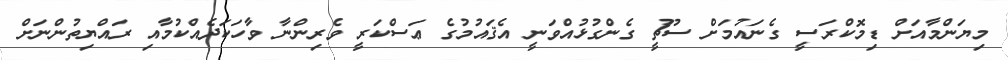
މިޔަންމާއަށް ޑިމޮކްރަސީ ގެނައުމަށް ސޫޗީ ގެންގުޅުއްވަނީ އެޤައުމުގެ ޢަސްކަރީ ވެރިންނާ ވާހަކަދެއްކުމާއި ރައްޔިތުންނަށް